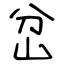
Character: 岔